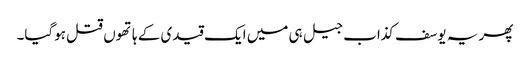
پھر یہ یوسف کذاب جیل ہی میں ایک قیدی کے ہاتھوں قتل ہوگیا۔